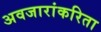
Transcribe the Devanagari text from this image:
अवजारांकरिता